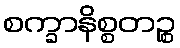
စက္ခာနိစ္စတဉ္စ